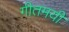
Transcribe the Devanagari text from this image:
गीतमयी